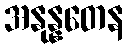
အနုန္နတေန